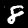
Label: 8